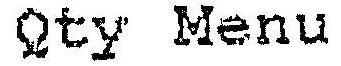
QTY MENU